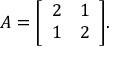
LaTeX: A = { \left[ \begin{array} { l l } { 2 } & { 1 } \\ { 1 } & { 2 } \end{array} \right] } .